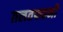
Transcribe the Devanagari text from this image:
ग़लतफहमी